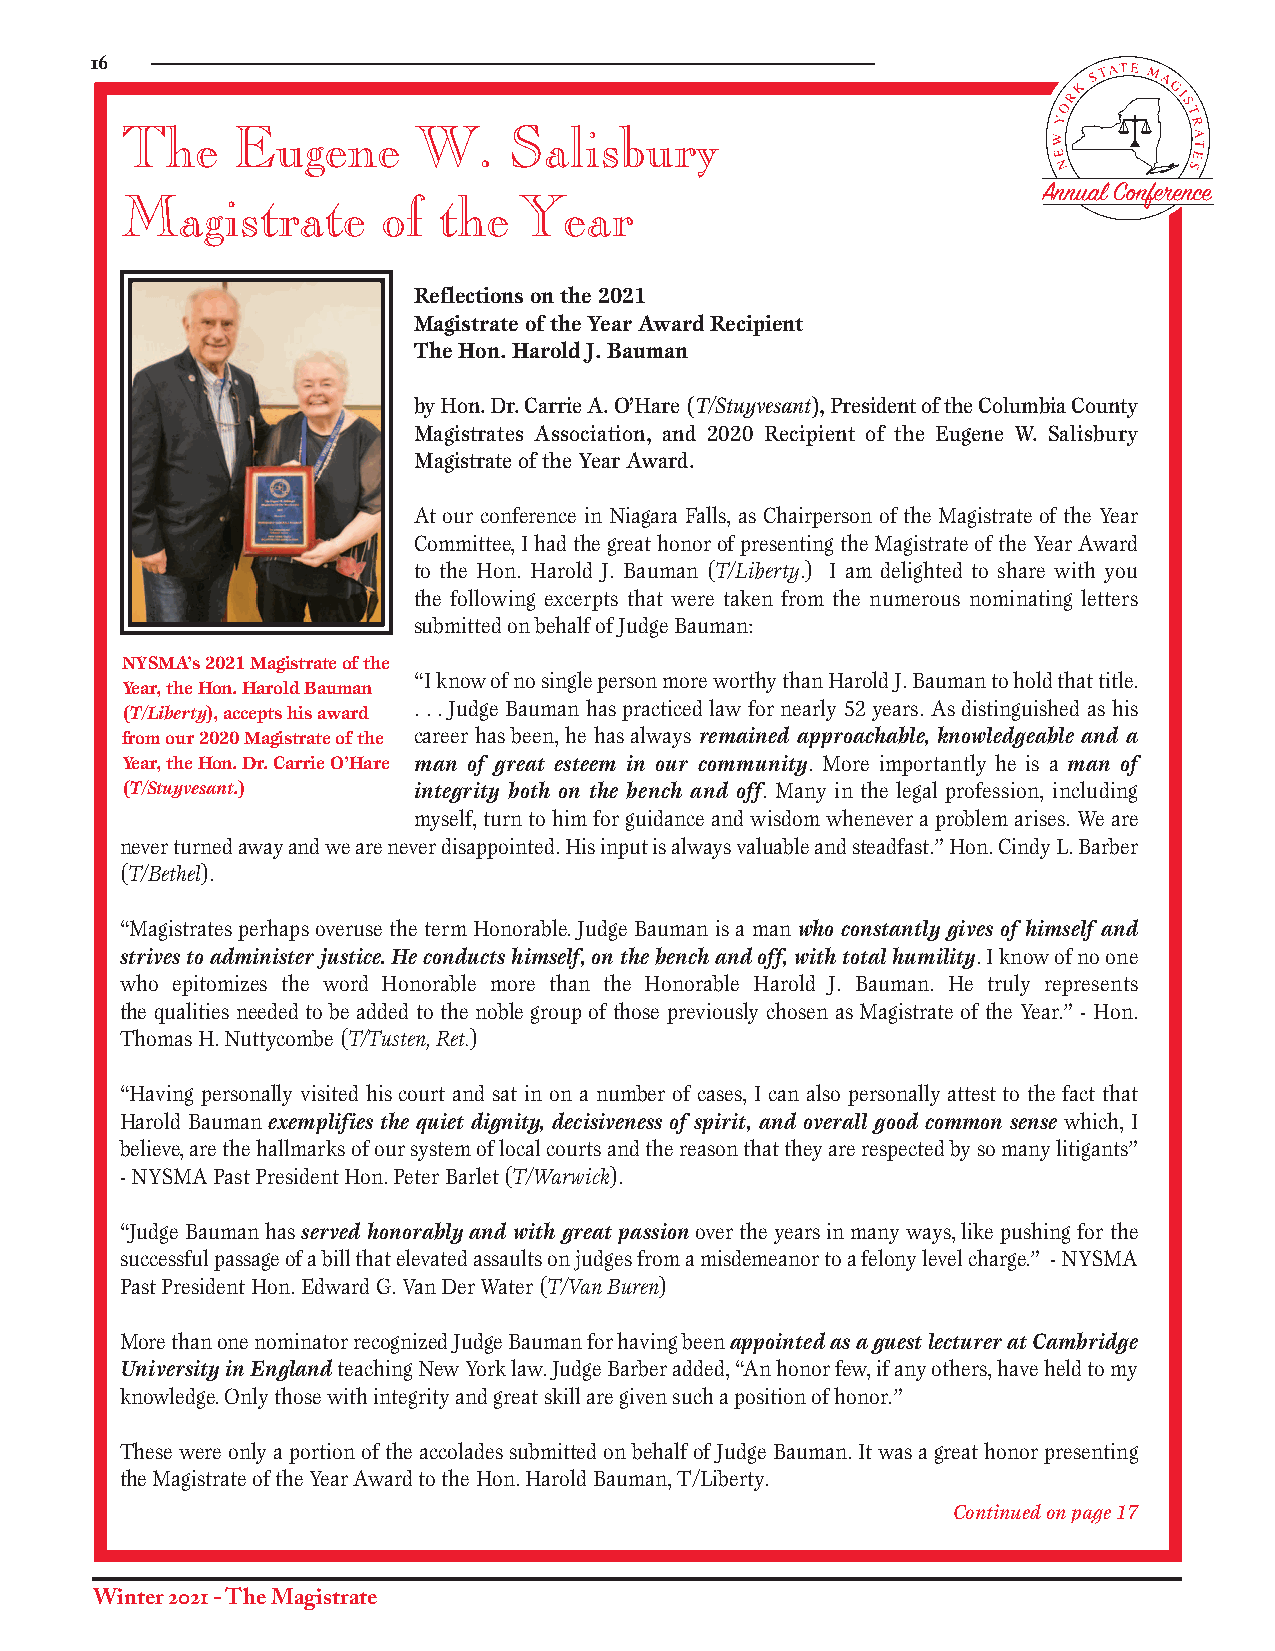
16
 The    Eugene       W.    Salisbury
 Annual Conference
 Magistrate       of  the  Year
 Reflections on the 2021
 Magistrate of the Year Award Recipient
 The Hon. Harold J. Bauman
 by Hon. Dr. Carrie A. O’Hare (T/Stuyvesant), President of the Columbia County
 Magistrates Association, and 2020 Recipient of the Eugene W. Salisbury
 Magistrate of the Year Award.
 At our conference in Niagara Falls, as Chairperson of the Magistrate of the Year
 Committee, I had the great honor of presenting the Magistrate of the Year Award
 to the Hon. Harold J. Bauman (T/Liberty.) I am delighted to share with you
 the following excerpts that were taken from the numerous nominating letters
 submitted on behalf of Judge Bauman:
 NYSMA’s 2021 Magistrate of the
 “I know of no single person more worthy than Harold J. Bauman to hold that title.
 Year, the Hon. Harold Bauman
 (T/Liberty), accepts his award . . . Judge Bauman has practiced law for nearly 52 years. As distinguished as his
 from our 2020 Magistrate of the career has been, he has always remained approachable, knowledgeable and a
 Year, the Hon. Dr. Carrie O’Hare man of great esteem in our community. More importantly he is a man of
 (T/Stuyvesant.)    integrity both on the bench and off. Many in the legal profession, including
 myself, turn to him for guidance and wisdom whenever a problem arises. We are
 never turned away and we are never disappointed. His input is always valuable and steadfast.” Hon. Cindy L. Barber
 (T/Bethel).
 “Magistrates perhaps overuse the term Honorable. Judge Bauman is a man who constantly gives of himself and
 strives to administer justice. He conducts himself, on the bench and off, with total humility. I know of no one
 who epitomizes the word Honorable more than the Honorable Harold J. Bauman. He truly represents
 the qualities needed to be added to the noble group of those previously chosen as Magistrate of the Year.” - Hon.
 Thomas H. Nuttycombe (T/Tusten, Ret.)
 “Having personally visited his court and sat in on a number of cases, I can also personally attest to the fact that
 Harold Bauman exemplifies the quiet dignity, decisiveness of spirit, and overall good common sense which, I
 believe, are the hallmarks of our system of local courts and the reason that they are respected by so many litigants”
 - NYSMA Past President Hon. Peter Barlet (T/Warwick).
 “Judge Bauman has served honorably and with great passion over the years in many ways, like pushing for the
 successful passage of a bill that elevated assaults on judges from a misdemeanor to a felony level charge.” - NYSMA
 Past President Hon. Edward G. Van Der Water (T/Van Buren)
 More than one nominator recognized Judge Bauman for having been appointed as a guest lecturer at Cambridge
 University in England teaching New York law. Judge Barber added, “An honor few, if any others, have held to my
 knowledge. Only those with integrity and great skill are given such a position of honor.”
 These were only a portion of the accolades submitted on behalf of Judge Bauman. It was a great honor presenting
 the Magistrate of the Year Award to the Hon. Harold Bauman, T/Liberty.
 Continued on page 17
 Winter 2021 - The Magistrate